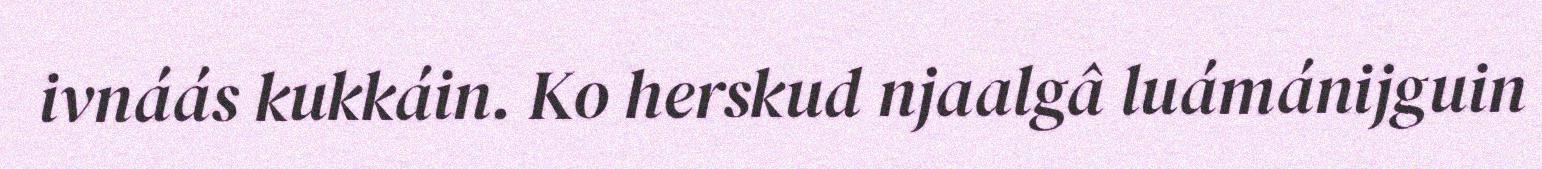
ivnáás kukkáin. Ko herskud njaalgâ luámánijguin